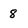
Character: 8